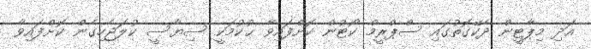
އަދި މިޕާޓީން ދެކޭގޮތުގައި ސްޕްރީމް ކޯޓުން ކޮށްފައިވާ ޙުކުމަކީ ސިޔާސީ ކުލަޖެހިގެން ކޮށްފައިވާ